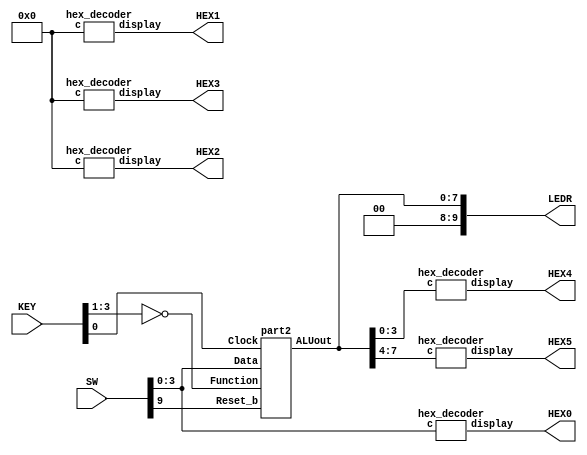
`timescale 1ns / 1ns // `timescale time_unit/time_precision

module lab4Part3 (SW, KEY, LEDR, HEX0, HEX1, HEX2, HEX3, HEX4, HEX5);
	input [9:0] SW;
	input [3:0] KEY;
	output [9:0] LEDR;
	output [6:0] HEX0, HEX1, HEX2, HEX3, HEX4, HEX5;
	wire[7:0] ALUout;
	assign LEDR=ALUout;
	
	part2 u0(.Clock(KEY[0]), .Reset_b(SW[9]), .Data(SW[3:0]), .Function(~KEY[3:1]), .ALUout(ALUout));
	hex_decoder h0 (.c(SW[3:0]), .display(HEX0));
	hex_decoder h1 (.c(4'b0000), .display(HEX2));
	hex_decoder h2 (.c(4'b0000), .display(HEX1));
	hex_decoder h3 (.c(4'b0000), .display(HEX3));
	hex_decoder h4 (.c(ALUout[3:0]), .display(HEX4));
	hex_decoder h5 (.c(ALUout[7:4]), .display(HEX5));

endmodule 



module part2(Clock, Reset_b, Data, Function, ALUout);
	
	input [3:0] Data;
	input [2:0] Function;
	input Clock, Reset_b;
	output reg [7:0] ALUout;
	reg [7:0] out;
	//wire [3:0] A,B;
	wire [3:1] Fcn;
	wire [4:0] addOut;
	//assign A = Data;
	//assign B = out [3:0];
	assign Fcn = Function;

	fulladder_4bit a1({Data, ALUout[3:0]}, addOut[4:0]);

	always @(posedge Clock)
	begin
		if (Reset_b == 1'b0)
			ALUout <= 8'b0;
		else
			ALUout <= out;
	end
	
	always @(*)
	begin
		case (Fcn)
			3'b000: out = {3'b000,addOut[4:0]};
			3'b001: out = Data + ALUout[3:0];
			3'b010: out = {{4{out[3]}},ALUout};
			3'b011: out = {{7{1'b0}}, |{Data,ALUout[3:0]}};
			3'b100: out = {{7{1'b0}}, &{Data,ALUout[3:0]}};
			3'b101: out = ALUout[3:0]<<Data;
			3'b110: out = Data * ALUout[3:0];
			3'b111: out = ALUout;
			default: ALUout = 8'b0;
		endcase
	end
	
endmodule

module fulladder_4bit(input [7:0]in, output [4:0]out);
wire w0, w1, w2;
fullAdder u0 (in[0], in[4], 1'b0, w0, out[0]);
fullAdder u1 (in[1], in[5], w0, w1, out[1]);
fullAdder u2 (in[2], in[6], w1, w2, out[2]);
fullAdder u3 (in[3], in[7], w2, out[4], out[3]);
endmodule


module fullAdder(b,a,c_in,c_out,s);

input b,a,c_in;
output s, c_out;

assign s = (a ^ b ^ c_in);
assign c_out = ((a & b) | (a & c_in) | (b & c_in));

endmodule


module hex_decoder (c, display);
input [3:0] c;
output [6:0] display;

assign display[0] = !((c[3]|c[2]|c[1]|!c[0]) & (c[3]|!c[2]|c[1]|c[0]) &
(!c[3]|c[2]|!c[1]|!c[0]) & (!c[3]|!c[2]|c[1]|!c[0]));

assign display[1] = !((c[3]|!c[2]|c[1]|!c[0]) & (c[3]|!c[2]|!c[1]|c[0]) &
(!c[3]|c[2]|!c[1]|!c[0]) & (!c[3]|!c[2]|c[1]|c[0]) &
(!c[3]|!c[2]|!c[1]|c[0]) & (!c[3]|!c[2]|!c[1]|!c[0]));

assign display[2] = !((c[3]|c[2]|!c[1]|c[0]) & (!c[3]|!c[2]|c[1]|c[0]) &
(!c[3]|!c[2]|!c[1]|c[0]) & (!c[3]|!c[2]|!c[1]|!c[0]));

assign display[3] = !((c[3]|c[2]|c[1]|!c[0]) & (c[3]|!c[2]|c[1]|c[0]) &
(c[3]|!c[2]|!c[1]|!c[0]) & (!c[3]|c[2]|c[1]|!c[0]) &
(!c[3]|c[2]|!c[1]|c[0]) & (!c[3]|!c[2]|!c[1]|!c[0]));

assign display[4] = !((c[3]|c[2]|c[1]|!c[0]) & (c[3]|c[2]|!c[1]|!c[0]) &
(c[3]|!c[2]|c[1]|c[0]) & (c[3]|!c[2]|c[1]|c[0]) &
(c[3]|!c[2]|c[1]|!c[0]) & (c[3]|!c[2]|!c[1]|!c[0]) &
(!c[3]|c[2]|c[1]|!c[0]));

assign display[5] = !((c[3]|c[2]|c[1]|!c[0]) & (c[3]|c[2]|!c[1]|c[0]) &
(c[3]|c[2]|!c[1]|!c[0]) & (c[3]|!c[2]|!c[1]|!c[0]) &
(!c[3]|!c[2]|c[1]|!c[0]));

assign display[6] = !((c[3]|c[2]|c[1]|c[0]) & (c[3]|c[2]|c[1]|!c[0]) &
(c[3]|!c[2]|!c[1]|!c[0]) & (!c[3]|!c[2]|c[1]|c[0]));


endmodule